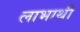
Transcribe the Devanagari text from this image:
लाभाथी